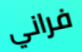
فراني